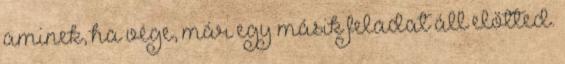
aminek, ha vége, már egy másik feladat áll előtted.